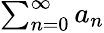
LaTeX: \textstyle\sum_{n=0}^{\infty}a_{n}